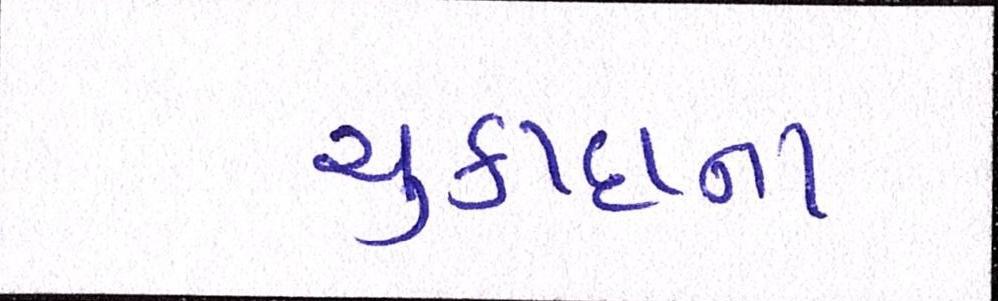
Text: ચુકાદાના